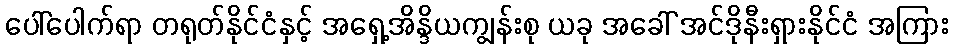
ပေါ်ပေါက်ရာ တရုတ်နိုင်ငံနှင့် အရှေ့အိန္ဒိယကျွန်းစု ယခု အခေါ် အင်ဒိုနီးရှားနိုင်ငံ အကြား